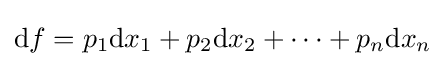
\mathrm {d} f=p_{1}\mathrm {d} x_{1}+p_{2}\mathrm {d} x_{2}+\cdots +p_{n}\mathrm {d} x_{n}